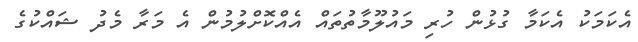
އެކަމަކު އެކަމާ ގުޅުން ހުރި މައުލޫމާތުތައް އެއްކޮށްލުމުން އެ މަރާ މެދު ޝައްކުގެ